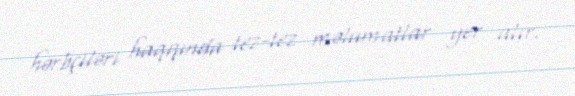
hərbçiləri haqqında tez-tez məlumatlar yer alır.